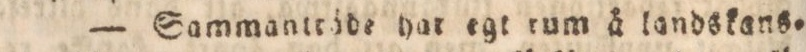
— Sammantröde hat egt rum å landskans=